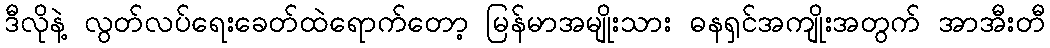
ဒီလိုနဲ့ လွတ်လပ်ရေးခေတ်ထဲရောက်တော့ မြန်မာအမျိုးသား ဓနရှင်အကျိုးအတွက် အာအီးတီ